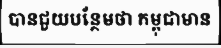
បានជួយបន្ថែមថា កម្ពុជាមាន